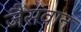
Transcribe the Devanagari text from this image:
जैसवान